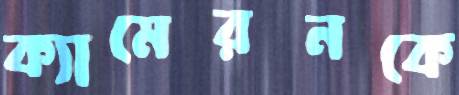
ক্যামেরনকে